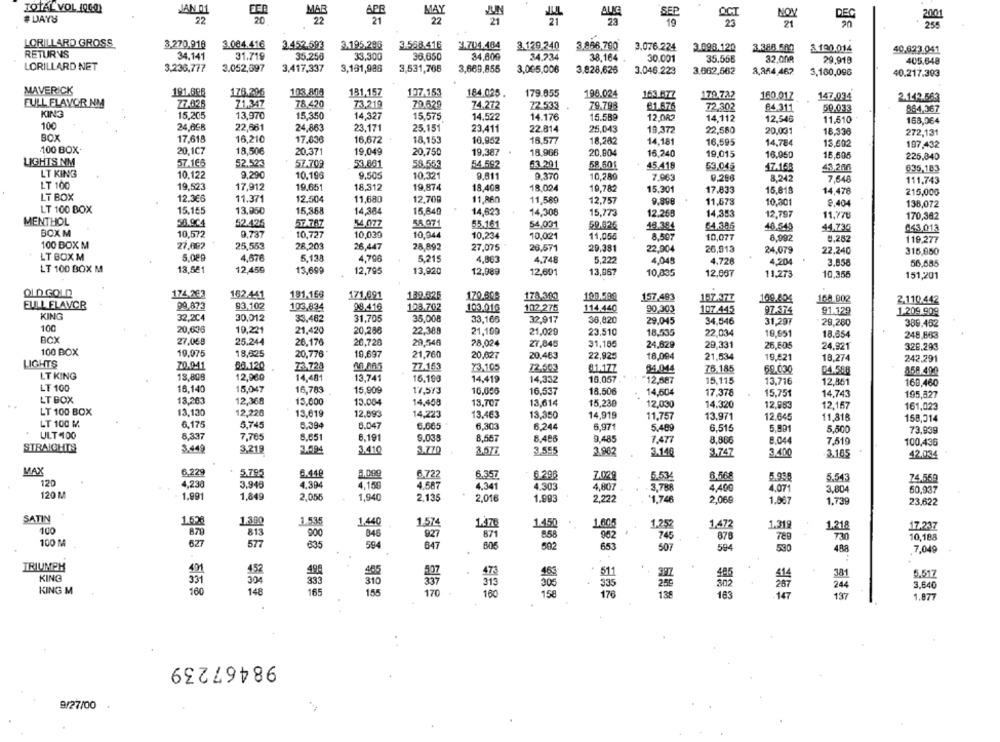
TOTAL VOL (060)
JAN 01
MAR
MAY
#DAYS
22
20
22
22
SEP
NON
DEG
2001
LORILLARD GROSS
3.270.918
3.084.416
3.452.593
3.195,293
3.588.416
3.704.484
3.129,240
3.986,790
3.076.224
3.098.120
3.386.500
$ 190.014
40.823.041
RETURNS
34,141
31.719
35.250
33,300
36,650
34,809
34.734
38.164
30.001
35.556
32.008
29,918
LORILLARD NET
405,648
3,236,777
3.052,697
3,417,337
3,131,986
3,531,766
3,669,855
3,065,00€
3.828,626
3.046.223
3.662,562
2,254,462
3,160,096
40.217.393
MAVERICK
191.606
178.206
103.808
181,157
107.153
184.025.
179.055
198.024
163 877
170.722
160.01Z
147.034
2.142.563
FULL FLAVOR NM
27.835
71,347
78.420
73,219
70.629
74.272
72.533
79.798
81.676
72.302
84.311
50.033
864,367
KING
15,205
13,970
15.350
14,327
15,575
14,522
14.176
15.589
12.082
14,112
12,546
11.610
100
24,698
22,661
24,863
23.171
25.151
168,064
23,411
22.814
25,043
19,372
22,580
20,031
18,336
272,131
BOX
17,618
16,210
17,836
16,672
18,153
10,952
16,577
18,282
14,181
16,595
14,784
13.692
100 BOX+
197,432
20,1C7
18,506
20.371
19,049
20.750
19,387 .
18.966
20,904
16,240
19,015
16,950
16,505
225,840
LIGHTS NM
57.168
52.523
57.709
53.861
58.553
54.592
53.291
58.60
45.418
53,045
47.168
43,266
635,183
LT KING
10.122
9.290
10.196
9,505
10.321
9,811
9.370
10,280
7.963
0.286
8.242
7,648
LT 100
19,523
17,912
19.65
111,743
18,312
19,874
18,408
18,024
19,782
15,301
17.833
15,818
14,478
215,000
LT BOX
12.366
11.371
12.504
11,680
12,700
11,860
11,589
12,757
11,678
10.301
9.404
138,072
LT 100 BOX
15.155
13.950
15,368
14,384
15,849
14,623
14,308
15,773
12.268
14,353
12,797
11.778
170,382
MENTHOL
58.964
52.425
57.767
34,077
55.161
54,031
50.826
18.384
54.386
46.540
44.730
£43,013
BOXM
10,572
9.737
10,727
10,039
10,944
10,234
10,021
11,055
8.597
10,077
6,992
0,252
100 BOX M
27.092
28.203
119,277
25,553
26,447
28,892
27,075
26.571
20,381
22.004
26,013
24,079
22,240
315,850
LT BOX M
5.089
4,576
5,138
4,796
5,215
4,863
4.748
5.222
4.049
LT 100 BOX M
12,450
4.728
4.204
3.858
56,585
13,581
13,69
12,705
13,920
12,089
12.601
13,867
10,835
12,867
11.273
10,356
151,201
OLD GOLD
174.262
162.441
181,166
171,691
139.625
170.609
178,300
157,493
FULL FLAVOR
99,873
93,102
157.377
16A 002
2.110.442
103,834
98.416
123.702
103.016
102.275
114,440
90,303
107.445
97.374
91.129
1.209.909
KING
32,2C4
30,012
33,462
31,705
35,008
33,166
32,917
36,820
29,045
34,546
100
31,297
29,280
389.462
20,630
10,221
21,420
20.286
22,388
21,109
21,029
23.510
18,535
22,034
19.651
18.654
248,863
BCX
27,068
25.244
26,176
26,728
29,546
28,024
27,845
31,185
24,629
29,331
26.605
24,921
328.293
100 BOX
19.975
18,825
20,776
19,697
21,760
20.627
20,483
22,925
18,094
21,534
19,521
18,274
LIGHTS
242,291
20.9-41
56.120
23,728
77.153
73.105
72.503
81.177
54.044
76.185
69.030
04.508
859.49.9
LT KING
13,808
12,96
14,481
13,741
15,199
14,419
14,332
16,057
12.687
15,115
13,716
12.851
160,460
LT 100
16,140
15,047
16,783
15,909
17,573
16,537
18,506
14,604
17,378
15,751
14,743
195,327
LT BOX
13,263
12,368
13,000
13.004
14,458
13,707
13,614
15,230
12.030
14.320
12,983
12,157
161,023
LT 100 BOX
13.120
12,220
13.619
12.893
14,223
13.463
13,350
14,919
11.757
13.971
12.645
LT 100 M
6.175
5.745
0,394
11,816
158,314
6.047
6.665
6,303
6,244
6,971
5.409
6.515
5,891
5,500
73,939
ULT 100
8,337
7,765
8.651
6.191
9.039
8,567
8.486
9.485
1.477
8.86€
8.044
7.519
100.436
STRAIGHTS
3.449
3,219
3.694
3.410
3.770
3.555
2.962
3.140
3.747
3.400
3.185
42.034
MAX
6,229
5.795
6.440
6.722
6.357
6.296
7.029
6.568
120
5.53
5.990
5.543
74.550
4,230
3.946
4.394
4,166
4.587
4,341
4.303
4,807
3,788
4.400
4,071
3.804
50,937
120 M
1.991
1,849
2.055
1,940
2,135
2,016
1.993
2,222
$1,746
2,06€
1.739
23.622
SATIN
1.300
1.535
1.62€
1.440
1.574
1475
1.450
1.605
1,252
1,472
1.31
1.218
17.237
100
879
813
900
846
927
871
858
96
745
878
730
100 M
577
10,188
627
635
594
647
502
653
507
594
530
488
7,049
TRIUMPH
452
KING
405
511
445
381
5.517
331
30
333
310
335
302
267
244
3.640
KING M
160
148
165
155
170
160
158
176
183
147
137
1.877
98467239
9/27/00 *